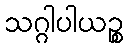
သဂ္ဂါပါယဉ္စ